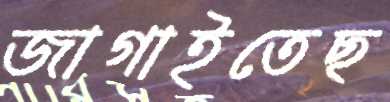
জাগাইতেছ